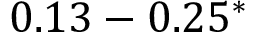
0 . 1 3 - 0 . 2 5 ^ { \ast }